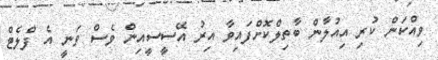
ވިއްކަން ކުރި އިއުލާން ބާތިލްކޮށްފައިވާ އިރު އޭސީސީއިން ވެސް ވަނީ އެ ފްލެޓް